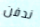
ندفن